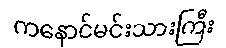
ကနောင်မင်းသားကြီး